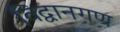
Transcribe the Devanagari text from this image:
विद्वानगण